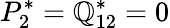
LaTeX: P_{2}^{*}=\mathbb{Q}_{12}^{*}=0